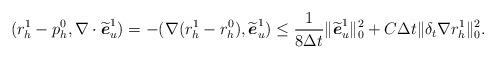
LaTeX: \begin{align*} (r_h^1-p_h^0, \nabla\cdot \widetilde{\boldsymbol{e}}_u^1)=-(\nabla(r_h^1-r_h^0), \widetilde{\boldsymbol{e}}_u^1) \leq \frac{1}{8 \Delta t} \|\widetilde{\boldsymbol{e}}_u^1\|_0^2+C \Delta t\|\delta_t \nabla r_h^1\|_0^2. \end{align*}